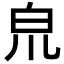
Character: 𤽇